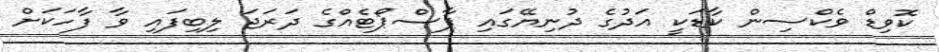
ކޮވިޑް ވެކްސިން ކާޑަކީ އަދުގެ ދުނިޔޭގައި ޕާސްޕޯޓެއްގެ ދަރަޖަ ލިބިފައި ވާ ފާހަކަށް